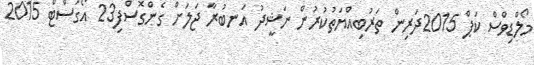
މޯލްޑިވްސް ކަޕް 2015ދަރިން ތަރުބިއްޔަތުކުރުން ނަޝީދު އަނބުރާ ޖަލަށް ގެންގޮސްފި23 އޯގަސްޓް 2015